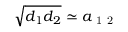
\sqrt { d _ { 1 } d _ { 2 } } \simeq a _ { \mathrm { ~ 1 ~ 2 ~ } }